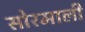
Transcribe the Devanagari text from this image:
सोरमाली